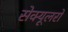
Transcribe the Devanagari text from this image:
सेक्यूलरों